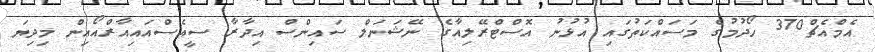
އެމްއެޗް370 ހޯދުމުގެ މަސައްކަތުގައި އުޅުނު އޮސްޓްރޭލިއާގެ ނޭޝަނަލް ސައިންސް އިދާރާ ސީއެސްއައިއާރްއޯއިން މިދިޔަ